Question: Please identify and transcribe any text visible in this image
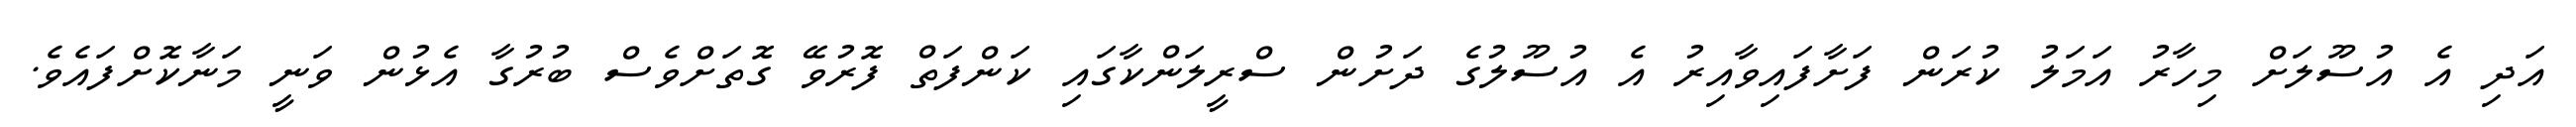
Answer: އަދި އެ އުސޫލަށް މިހާރު އަމަލު ކުރަން ފަށާފައިވާއިރު އެ އުސޫލުގެ ދަށުން ސްރީލަންކާގައި ކަންފަތް ފޮރުވޭ ގޮތަށްވެސް ބުރުގާ އެޅުން ވަނީ މަނާކޮށްފައެވެ.